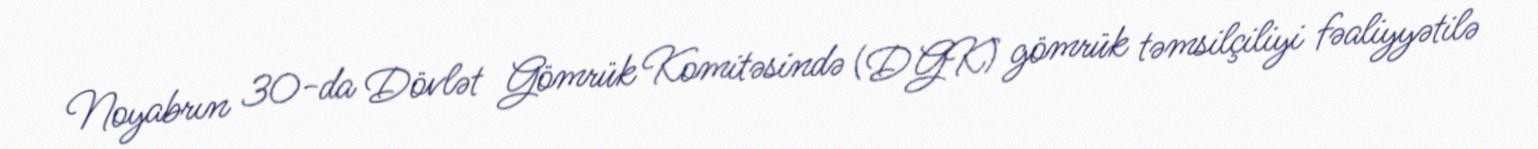
Noyabrın 30-da Dövlət Gömrük Komitəsində (DGK) gömrük təmsilçiliyi fəaliyyətilə